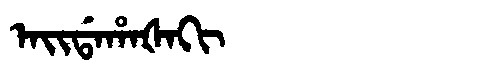
Manchu: ᠠᡳᡩᠠᡥᠠᡧᠠᡴᡳ
Romanization: AIDAHAŠAKI